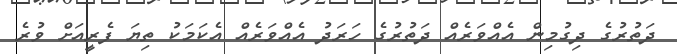
ދަތުރުގެ ދިގުމިން އެއްވަރެއް ދަތުރުގެ ހަރަދު އެއްވަރެއް އެކަމަކު ތިޔަ ފެރީއަށް ވުރެ